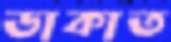
ডাকাত